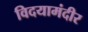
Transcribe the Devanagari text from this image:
विदयामंदीर